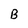
Character: B